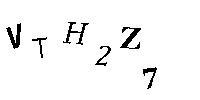
VTH2Z7